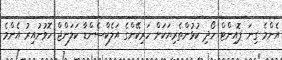
އެންމެ ގިނަ ޕޮއިންޓް ހޯދި ކުޅުންތެރިޔަކަށް ހަރިކޭންގެ އަލެކްސެންޑާ ކަލަންޖް ހޮވުނުއިރު އެންމެ